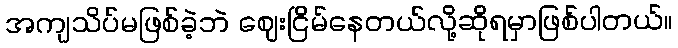
အကျသိပ်မဖြစ်ခဲ့ဘဲ ဈေးငြိမ်နေတယ်လို့ဆိုရမှာဖြစ်ပါတယ်။